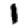
Digit: 1